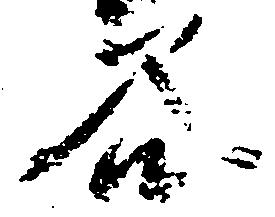
谷